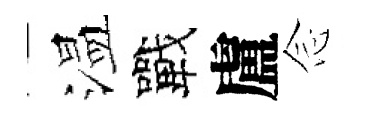
温戰盧𫝹